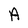
Character: A